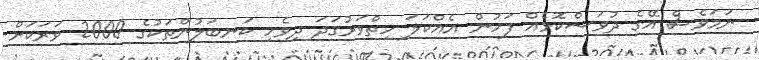
ނަމަވެސް އޭގެ ދުވަސްކޮޅެއް ފަހުން އެއްކަލަ ހިތްވަރުގަދަ ދިވެހި ކަނބަލުންތަކުގެ 2000 ވަރަކަށް